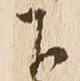
下